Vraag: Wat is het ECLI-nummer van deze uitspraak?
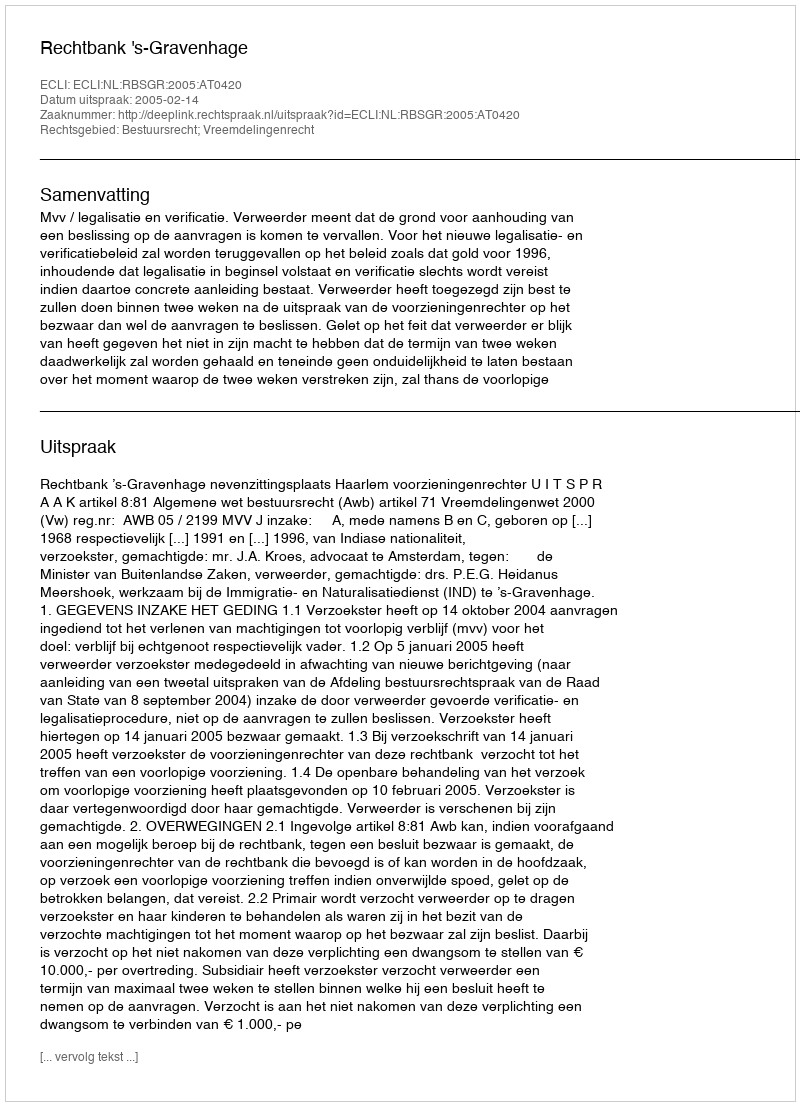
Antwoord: ECLI:NL:RBSGR:2005:AT0420